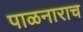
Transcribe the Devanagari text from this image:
पाळनाराच